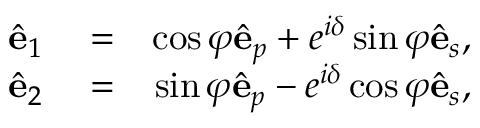
\begin{array} { r l r } { \hat { \bf e } _ { 1 } } & { { } = } & { \cos \varphi \hat { \bf e } _ { p } + e ^ { i \delta } \sin \varphi \hat { \bf e } _ { s } , } \\ { \hat { \bf e } _ { 2 } } & { { } = } & { \sin \varphi \hat { \bf e } _ { p } - e ^ { i \delta } \cos \varphi \hat { \bf e } _ { s } , } \end{array}